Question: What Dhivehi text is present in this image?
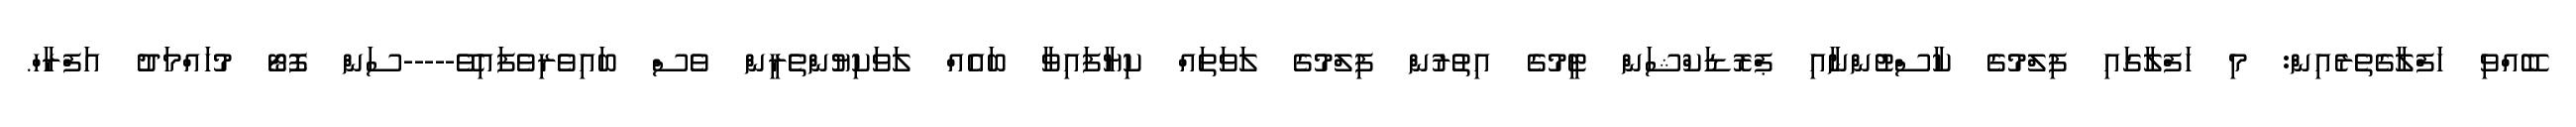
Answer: ބޭއްވި ހަފްލާގެތެރެއިން: މި ހަފްލާގައި ފިލްމުގެ ކާސްޓުންނާއި ޕްރޮޑަކްޝަން ޓީމުގެ އިތުރުން ފިލްމުގެ ލަވަތައް ކިޔާފައިވާ ބައެއް ލަވަކިޔުންތެރީން ވެސް ބައިވެރިވެފައިވޭ-----ސަން ފޮޓޯ މުހައްމަދު އަފްރާހް.